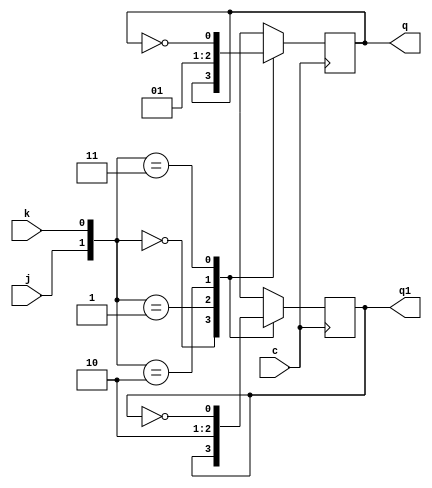
// Exercicio 001  Contador Assincrono Decrescente
// Nome: tila Martins Silva Jnior

module jkff(q,q1,j,k,c);
output q,q1;
input j,k,c;
reg q,q1;
initial begin q=1'b0; q1=1'b1; end
always @ (posedge c)
  begin
	case({j,k})
		 {1'b0,1'b0}:begin q=q; q1=q1; end
		 {1'b0,1'b1}: begin q=1'b0; q1=1'b1; end
		 {1'b1,1'b0}:begin q=1'b1; q1=1'b0; end
		 {1'b1,1'b1}: begin q=~q; q1=~q1; end
	endcase
   end
endmodule

module contAssincDecresc(output[4:0] s, input pulse, input um);
	jkff JK04(,s[0],um, um, pulse);
	jkff JK03(,s[1],um, um, s[0]);
	jkff JK02(,s[2],um, um, s[1]);
	jkff JK01(,s[3],um, um, s[2]);
	jkff JK00(,s[4],um, um, s[3]);
endmodule

module testContAssincDecresc;
	reg pulse;
	reg um; 
	wire[4:0] s;
	
	contAssincDecresc CAD(s, pulse, um);
	
	initial begin
		$display("Exercicio01 - tila Martins Silva Jnior - 449014");
		
		um = 0;
		pulse = 0;
		 
		$monitor("saida => bin: %b\tDec:%d",s,s);
		
		#4 um = 1;
		#4pulse = 1;
		#4pulse = 0;	
		#4pulse = 1;
		#4pulse = 0;	
		#4pulse = 1;
		#4pulse = 0;
		#4pulse = 1;
		#4pulse = 0;
		#4pulse = 1;
		#4pulse = 0;
		#4pulse = 1;
		#4pulse = 0;
		#4pulse = 1;
		#4pulse = 1;
		#4pulse = 0;
		#4pulse = 0;
		
	end
endmodule